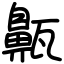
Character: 齀